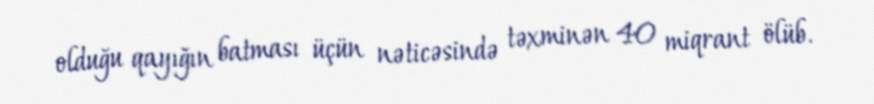
olduğu qayığın batması üçün nəticəsində təxminən 40 miqrant ölüb.